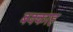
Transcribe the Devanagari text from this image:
बक्काह